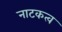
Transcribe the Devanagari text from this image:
नाटकत्व